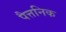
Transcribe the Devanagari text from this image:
पैत्तनिक